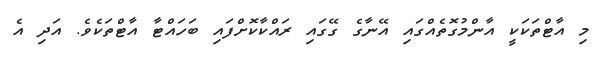
މި އާޓްތަކަކީ އާންމުގޮތެއްގައި އޭނާގެ ގޭގައި ރައްކާކޮށްފައި ބަހައްޓާ އާޓްތަކެވެ. އަދި އެ